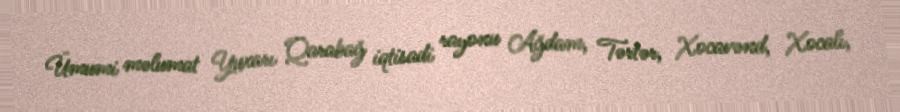
Ümumi məlumat Yuxarı Qarabağ iqtisadi rayonu Ağdam, Tərtər, Xocavənd, Xocalı,